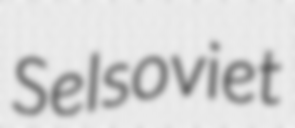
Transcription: Selsoviet